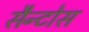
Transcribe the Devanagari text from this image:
सैन्टोस